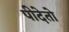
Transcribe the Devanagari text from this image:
पीदेतो